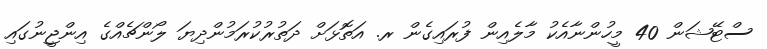
ސްޓޭޝަން 40 މީހުންނާއެކު މާލެއިން ފުރައިގެން ރ. އަތޮޅަށް ދަތުރުކުރަމުންދިޔަ ލޯންޗެއްގެ އިންޖީނުގައި